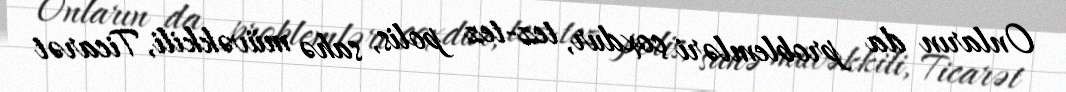
Onların da problemləri çoxdur, tez-tez polis, sahə müvəkkili, Ticarət